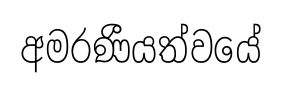
අමරණීයත්වයේ